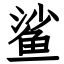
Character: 鲨